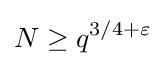
N\geq q^{3/4+\varepsilon }